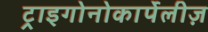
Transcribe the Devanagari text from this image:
ट्राइगोनोकार्पेलीज़